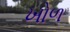
ખોળ